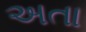
અતા